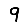
Digit: 9